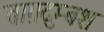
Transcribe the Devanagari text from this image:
ताग़दुम्बश